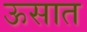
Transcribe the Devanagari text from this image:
ऊसात